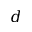
d